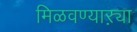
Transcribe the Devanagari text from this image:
मिळवण्याऱ्या